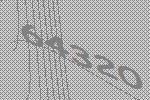
64320